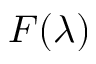
F ( \lambda )